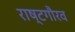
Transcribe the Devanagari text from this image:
राष्‍टगौरव